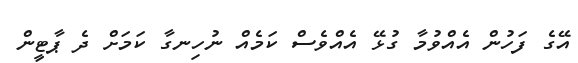
އޭގެ ފަހުން އެއްވުމާ ގުޅޭ އެއްވެސް ކަމެއް ނުހިނގާ ކަމަށް ދެ ޕާޓީން